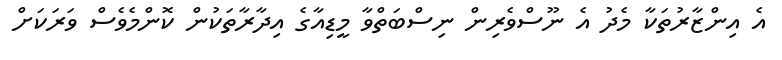
އެ އިންޒާރުތަކާ މެދު އެ ނޫސްވެރިން ނިސްބަތްވާ މީޑިއާގެ އިދާރާތަކުން ކޮންމެވެސް ވަރަކަށް